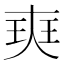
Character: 㻎